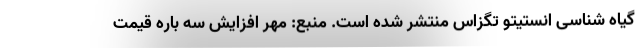
گیاه شناسی انستیتو تگزاس منتشر شده است. منبع: مهر افزایش سه باره قیمت